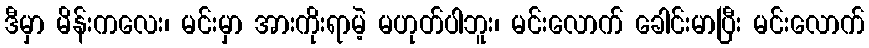
ဒီမှာ မိန်းကလေး၊ မင်းမှာ အားကိုးရာမဲ့ မဟုတ်ပါဘူး၊ မင်းလောက် ခေါင်းမာပြီး မင်းလောက်